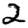
Digit: 2